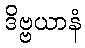
ဒိဗ္ဗယာနံ